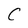
Character: C